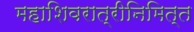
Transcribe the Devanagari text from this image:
महाशिवरात्रीनिमित्त